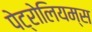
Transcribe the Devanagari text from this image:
पेट्रोलियम्स